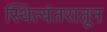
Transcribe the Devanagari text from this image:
स्थित्यंतरातून